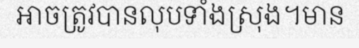
អាចត្រូវបានលុបទាំងស្រុង។មាន